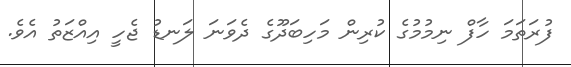
ފުރަތަމަ ހާފް ނިމުމުގެ ކުރިން މަހިބަދޫގެ ދެވަނަ ލަނޑު ޖެހީ އިއްޒަތު އެވެ.